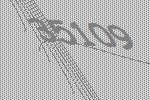
35109